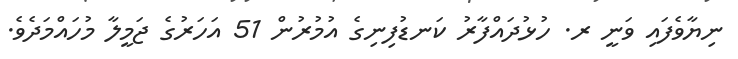
ނިޔާވެފައި ވަނީ ރ. ހުޅުދައްފާރު ކަނޑުފިނިގެ އުމުރުން 51 އަހަރުގެ ޖަމީލާ މުހައްމަދެވެ.